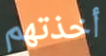
أخذتهم